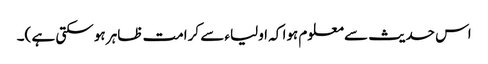
اس حدیث سے معلوم ہوا کہ اولیاء سے کرامت ظاہر ہو سکتی ہے )۔